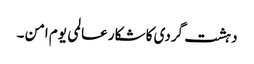
دہشت گردی کا شکار عالمی یوم امن ۔